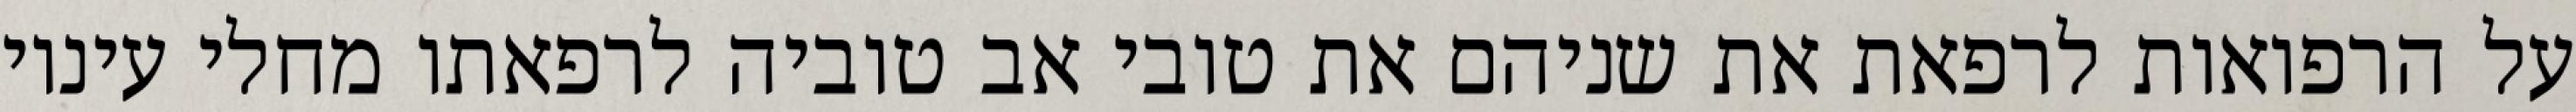
על הרפואות לרפאת את שניהם את טובי אב טוביה לרפאתו מחלי עיניו